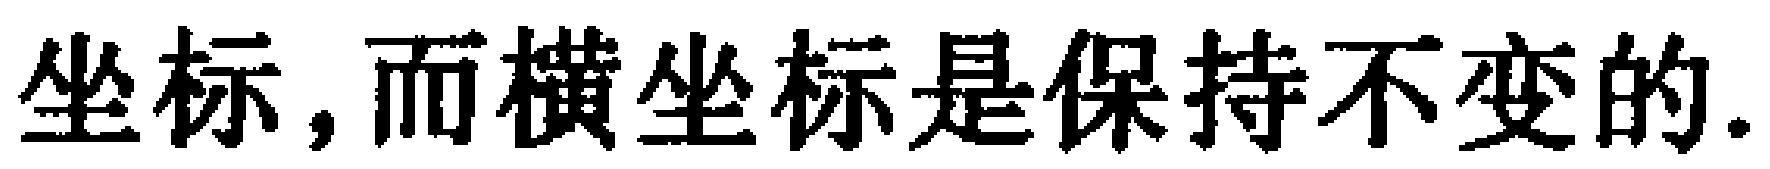
坐标,而横坐标是保持不变的.